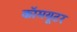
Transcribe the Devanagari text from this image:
कॉमयूटर